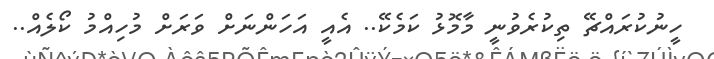
ހީނުކުރައްޗޭ ތިކުރެވުނީ މާމޮޅު ކަމެކޭ.. އެއީ އަހަންނަށް ވަރަށް މުހިއްމު ކޯލެއް..